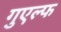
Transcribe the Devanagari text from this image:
गुएल्फ